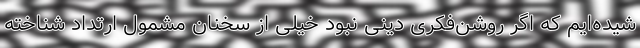
شیده‌ایم که اگر روشن‌فکری دینی نبود خیلی از سخنان مشمول ارتداد شناخته